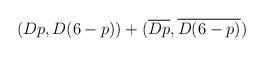
LaTeX: \begin{align*}(Dp,D(6-p))+(\overline{Dp},\overline{D(6-p)})\end{align*}